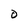
Character: O